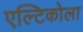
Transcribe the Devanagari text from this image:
एल्टिकोला